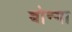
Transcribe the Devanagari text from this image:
बोन्‍गा